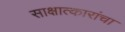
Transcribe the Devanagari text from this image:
साक्षात्कारांचा